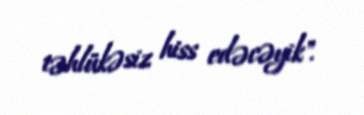
təhlükəsiz hiss edəcəyik".